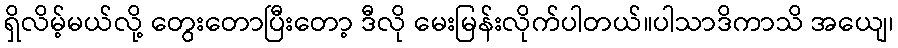
ရှိလိမ့်မယ်လို့ တွေးတောပြီးတော့ ဒီလို မေးမြန်းလိုက်ပါတယ်။ပါသာဒိကာသိ အယျေ၊